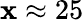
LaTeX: \mathbf{x}\approx25